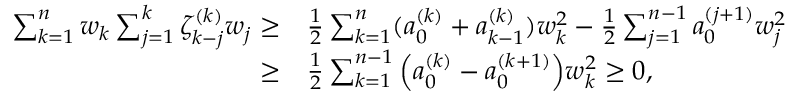
\begin{array} { r l } { \sum _ { k = 1 } ^ { n } w _ { k } \sum _ { j = 1 } ^ { k } \zeta _ { k - j } ^ { ( k ) } w _ { j } \ge } & { \frac { 1 } { 2 } \sum _ { k = 1 } ^ { n } ( a _ { 0 } ^ { ( k ) } + a _ { k - 1 } ^ { ( k ) } ) w _ { k } ^ { 2 } - \frac { 1 } { 2 } \sum _ { j = 1 } ^ { n - 1 } a _ { 0 } ^ { ( j + 1 ) } w _ { j } ^ { 2 } } \\ { \ge } & { \frac { 1 } { 2 } \sum _ { k = 1 } ^ { n - 1 } \Big ( a _ { 0 } ^ { ( k ) } - a _ { 0 } ^ { ( k + 1 ) } \Big ) w _ { k } ^ { 2 } \ge 0 , } \end{array}